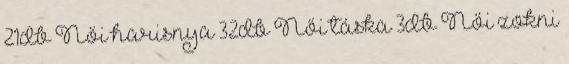
21db Női harisnya 32db Női táska 3db Női zokni